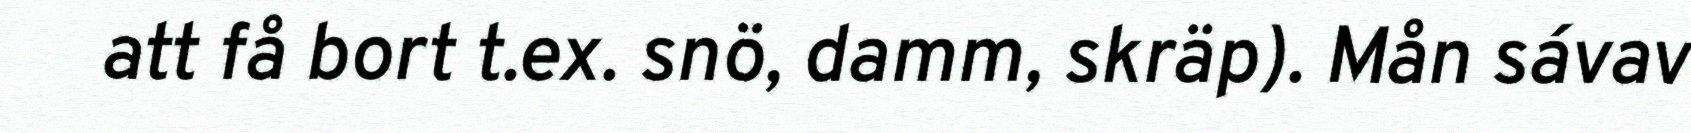
att få bort t.ex. snö, damm, skräp). Mån sávav